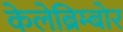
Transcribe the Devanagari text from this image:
केलेब्रिम्बोर